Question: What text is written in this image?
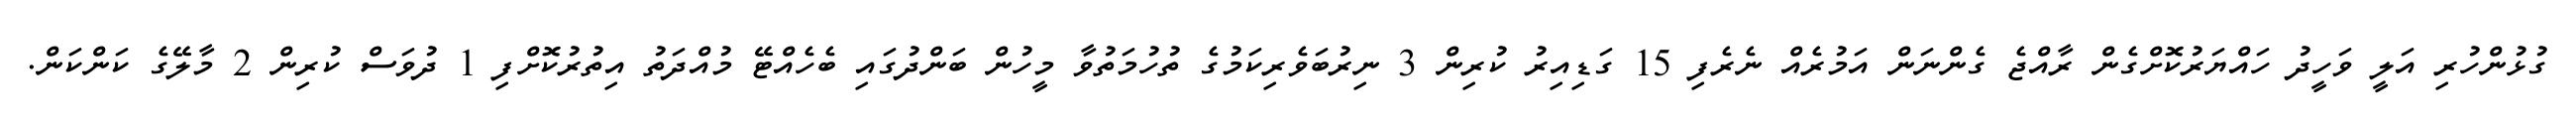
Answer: ގުޅުންހުރި އަލީ ވަހީދު ހައްޔަރުކޮށްގެން ރާއްޖެ ގެންނަން އަމުރެއް ނެރެފި 15 ގަޑިއިރު ކުރިން 3 ނިރުބަވެރިކަމުގެ ތުހުމަތުވާ މީހުން ބަންދުގައި ބެހެއްޓޭ މުއްދަތު އިތުރުކޮށްފި 1 ދުވަސް ކުރިން 2 މާލޭގެ ކަންކަން.